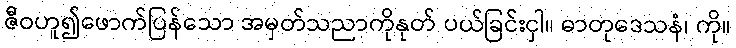
ဇီဝဟူ၍ဖောက်ပြန်သော အမှတ်သညာကိုနုတ် ပယ်ခြင်းငှါ။ ဓာတုဒေသနံ၊ ကို။